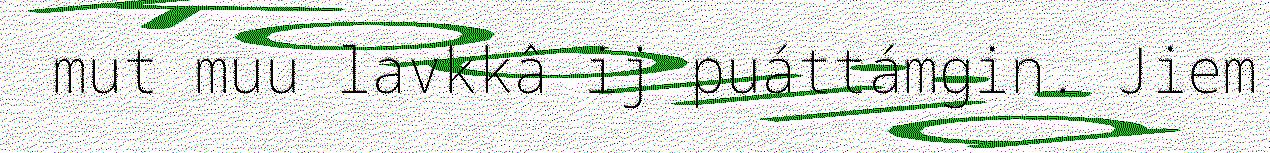
mut muu lavkkâ ij puáttámgin. Jiem